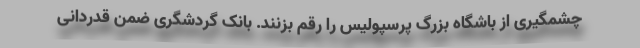
چشمگیری از باشگاه بزرگ پرسپولیس را رقم بزنند. بانک گردشگری ضمن قدردانی